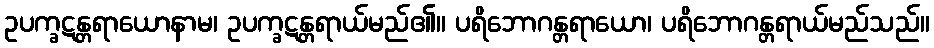
ဥပက္ခဋန္တရာယောနာမ၊ ဥပက္ခဋန္တရာယ်မည်၏။ ပရိဘောဂန္တရာယော၊ ပရိဘောဂန္တရာယ်မည်သည်။